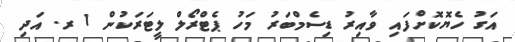
އަގު ހެޔޮކޮށްފައި ވާއިރު ޑިސެމްބަރު މަހު ޕެޓްރޯލް ލީޓަރަކުން 1 ރ. އަދި